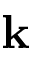
\mathbf { k }